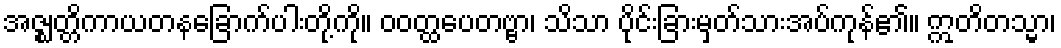
အဇ္ဈတ္တိကာယတနခြောက်ပါးတို့ကို။ ဝဝတ္ထပေတဗ္ဗာ၊ သိသာ ပိုင်းခြားမှတ်သားအပ်ကုန်၏။ ဣတိတသ္မာ၊